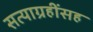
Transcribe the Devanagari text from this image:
सत्याग्रहींसह